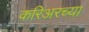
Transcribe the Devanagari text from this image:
करिअरच्या